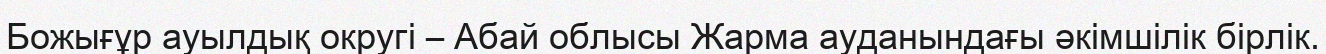
Божығұр ауылдық округі – Абай облысы Жарма ауданындағы әкімшілік бірлік.